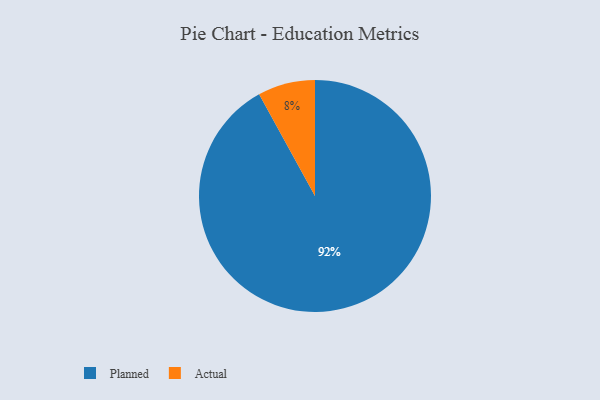
{"axis": {"x": "Category", "y": "Percentage"}, "legend": ["Actual", "Planned"], "data": [{"x": "Actual", "y": 8, "type": "Actual"}, {"x": "Planned", "y": 92, "type": "Planned"}]}